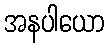
အနပါယော